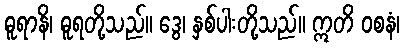
ဓူရာနိ၊ ဓူရတို့သည်။ ဒွေ၊ နှစ်ပါးတို့သည်။ ဣတိ ဝစနံ၊